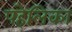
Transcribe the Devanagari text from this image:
पहेलिका